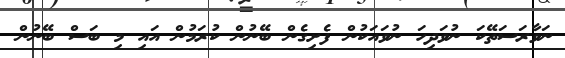
ނަވާރަސަތޭކަ ނުވަދިހަ ނުވައަކުން ފެށިގެން ބޭނުން ކުރަމުން އައި މި ބަސް ބޭނުން